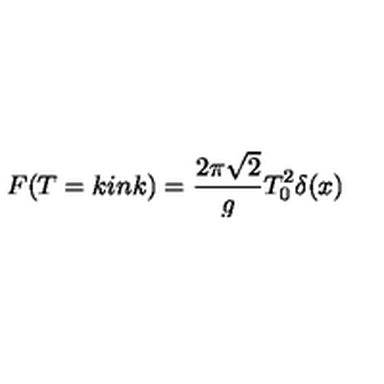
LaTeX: F ( T = k i n k ) = \frac { 2 \pi \sqrt { 2 } } { g } T _ { 0 } ^ { 2 } \delta ( x )